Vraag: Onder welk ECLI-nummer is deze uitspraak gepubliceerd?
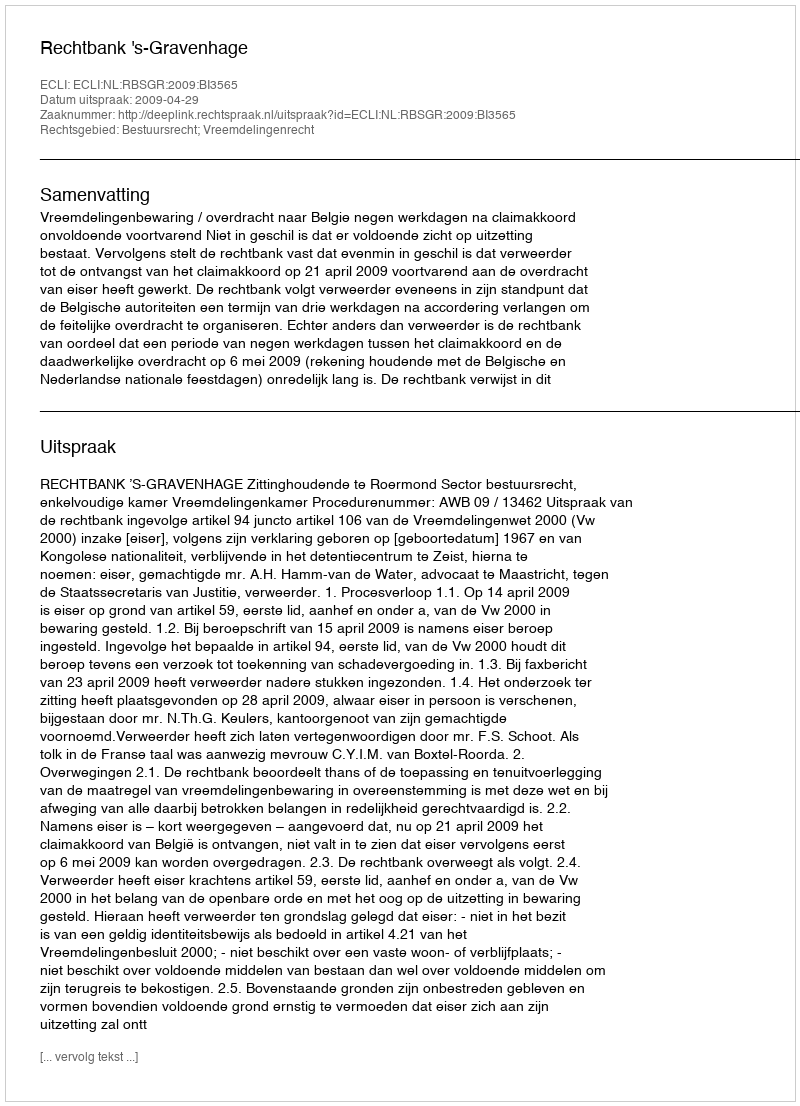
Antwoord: ECLI:NL:RBSGR:2009:BI3565